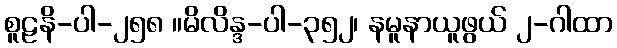
စူဠနိ-ပါ-၂၅၈ ။မိလိန္ဒ-ပါ-၃၅၂၊ နမူနာယူဖွယ် ၂-ဂါထာ